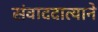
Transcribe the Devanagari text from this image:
संवाददात्याने